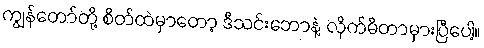
ကျွန်တော်တို့ စိတ်ထဲမှာတော့ ဒီသင်းဘောနဲ့ လိုက်မိတာမှားပြီပေါ့။